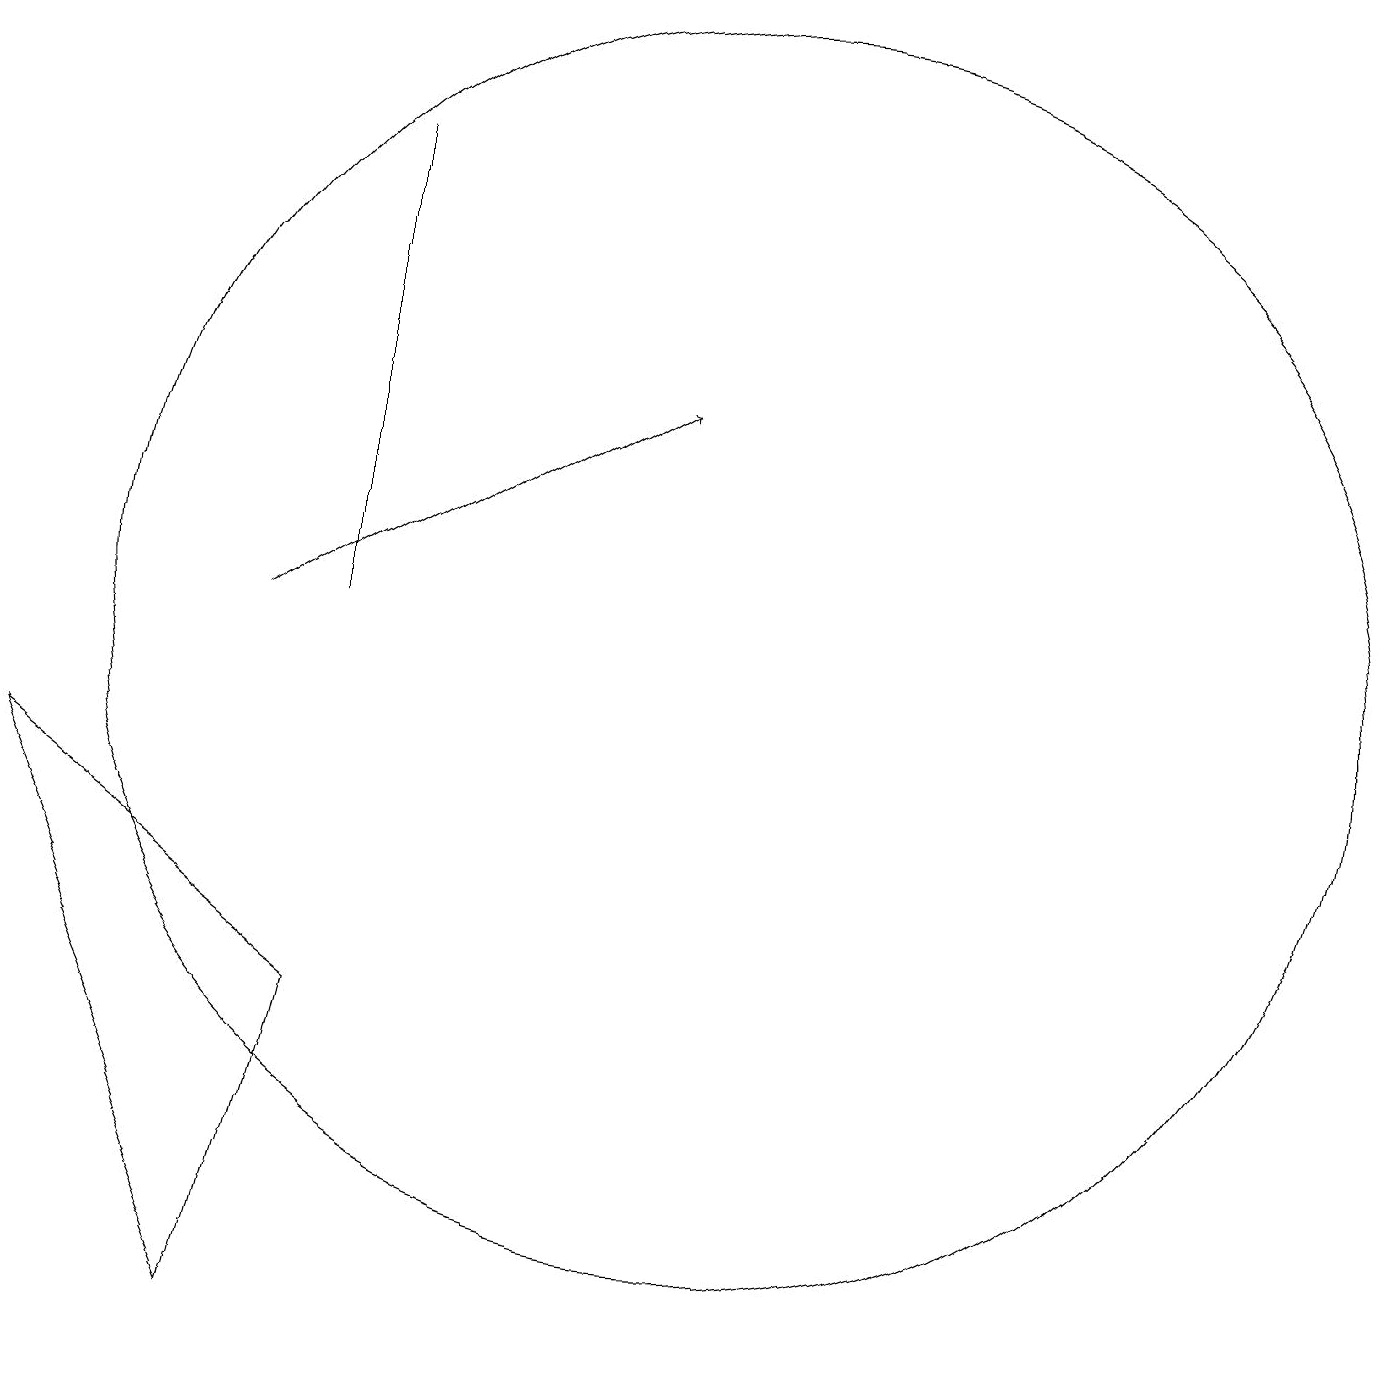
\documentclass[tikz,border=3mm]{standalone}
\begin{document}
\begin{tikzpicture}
\draw[->] (4,11) -- (9,14);
\draw (10,11) circle (8);
\draw (5,11) rectangle (5,17);
\draw (4,2) -- (1,9) -- (5,6) -- cycle;
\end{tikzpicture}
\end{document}